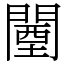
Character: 闉